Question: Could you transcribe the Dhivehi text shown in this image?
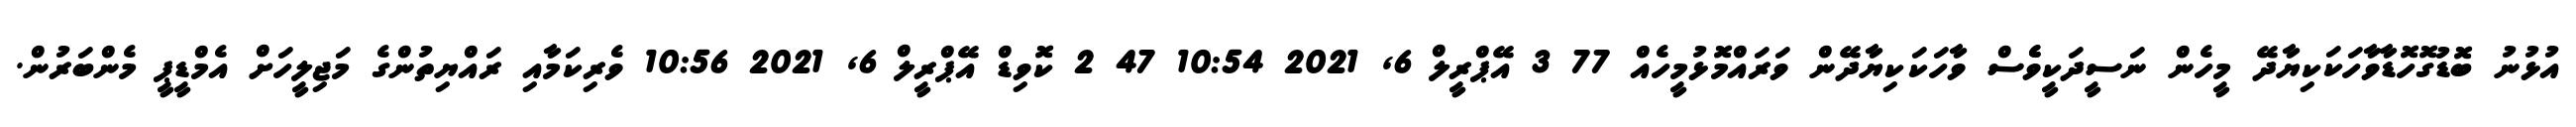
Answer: އުޅުނު ބޮޑުގޮހޮޑާވާހަކަކިޔާދޭ މީހެން ނަސީދަކީވެެސް ވާހަކަކިޔާދޭން ވަރައްމޮޅުމީހެއް 77 3 އޭޕްރީލް 6, 2021 10:54 47 2 ކޮވިޑް އޭޕްރީލް 6, 2021 10:56 ވެރިކަމާއި ރައްޔިތުންގެ މަޖިލީހަށް އެމްޑީޕީ މެންބަރުން.